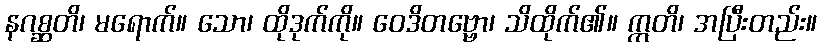
နဂစ္ဆတိ၊ မရောက်။ သော၊ ထိုဒုက်ကို။ ဝေဒိတဗ္ဗော၊ သိထိုက်၏။ ဣတိ၊ အပြီးတည်း။